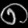
Digit: ၈